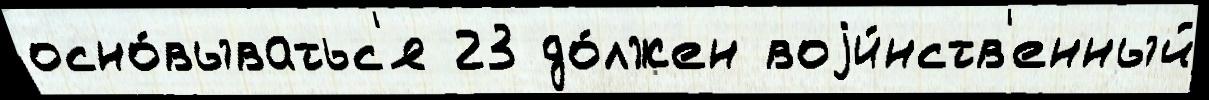
осно́выватьс'я 23 до́лжен воjи́нств'енный